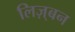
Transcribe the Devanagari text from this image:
लिज़्बन